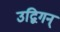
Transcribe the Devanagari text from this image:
उद्विगन्